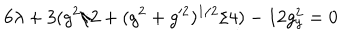
6 \lambda + 3 ( g ^ { 2 } / 2 + ( g ^ { 2 } + g ^ { \prime 2 } ) ^ { 1 / 2 } / 4 ) - 1 2 g _ { y } ^ { 2 } = 0